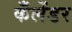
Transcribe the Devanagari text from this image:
कँलेंडर